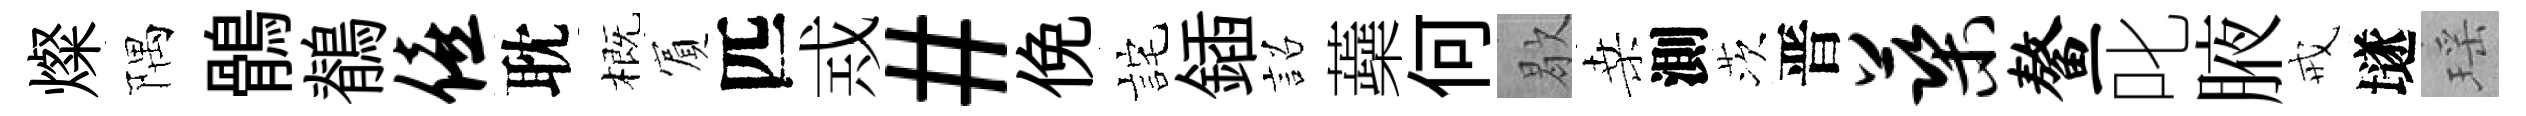
燦隅鶻鶺僖耽概賔匹𢦶#俛詫鍤詔蘃何歇桑測茨晋蕖鳌叱腋戒𡑞瑶